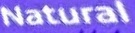
Natural